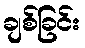
ချစ်ခြင်း